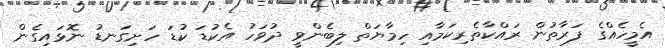
އެމީހެއްގެ ފަރާތުން ރައްކާތެރިކަމާއި ހިމާޔަތް ލިބެންވީ ދުވަހު އެކުޑަ ކުޑަ ހަށިގަނޑު ނޮޅައިގެން